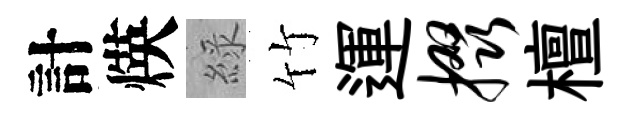
計煐綠竹運掇檀